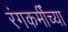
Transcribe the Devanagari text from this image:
रंगकर्मींच्या